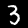
Digit: 3